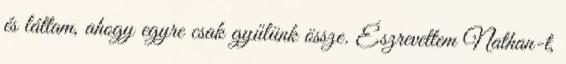
és láttam, ahogy egyre csak gyűlünk össze. Észrevettem Nathan-t,